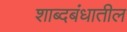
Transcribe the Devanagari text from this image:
शाब्दबंधातील